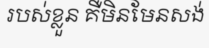
របស់ខ្លួន គឺមិនមែនសង់